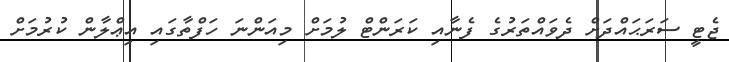
ޖެޓީ ސަރަޙައްދަށް ދެވައްތަރުގެ ފެނާއި ކަރަންޓް ލުމަށް މިއަންނަ ހަފްތާގައި އިޢްލާން ކުރުމަށް